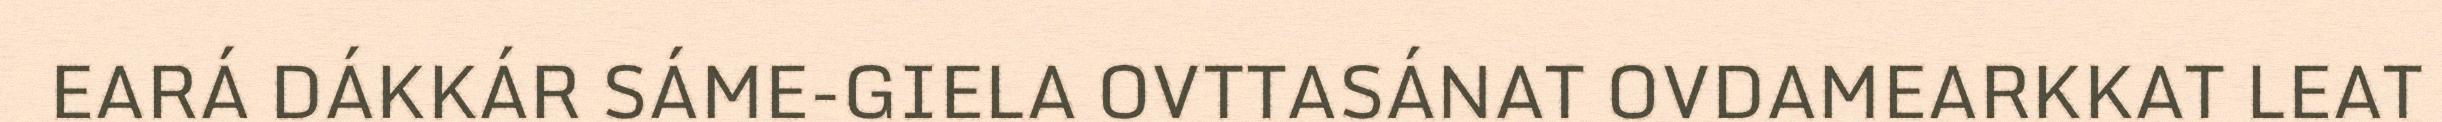
EARÁ DÁKKÁR SÁME-GIELA OVTTASÁNAT OVDAMEARKKAT LEAT